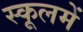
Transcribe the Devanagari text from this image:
स्कूलमें